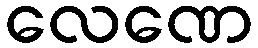
လေဏေ